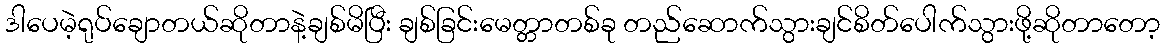
ဒါပေမဲ့ရုပ်ချောတယ်ဆိုတာနဲ့ချစ်မိပြီး ချစ်ခြင်းမေတ္တာတစ်ခု တည်ဆောက်သွားချင်စိတ်ပေါက်သွားဖို့ဆိုတာတော့